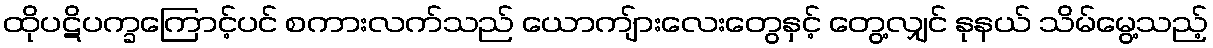
ထိုပဋိပက္ခကြောင့်ပင် စကားလက်သည် ယောကျ်ားလေးတွေနှင့် တွေ့လျှင် နုနယ် သိမ်မွေ့သည့်